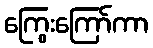
ကြွေးကြော်ကာ